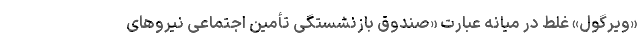
«ویرگول» غلط در میانه عبارت «صندوق بازنشستگی تأمین اجتماعی نیروهای